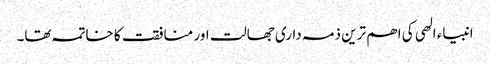
انبیاء الھی کی اھم ترین ذمہ داری جھالت اور منافقت کا خاتمہ تھا۔